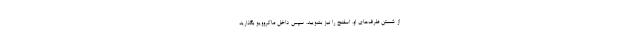
از شستن ظرف‌های او، اسفنج را نیز بشویید. سپس داخل ماکروویو بگذارید